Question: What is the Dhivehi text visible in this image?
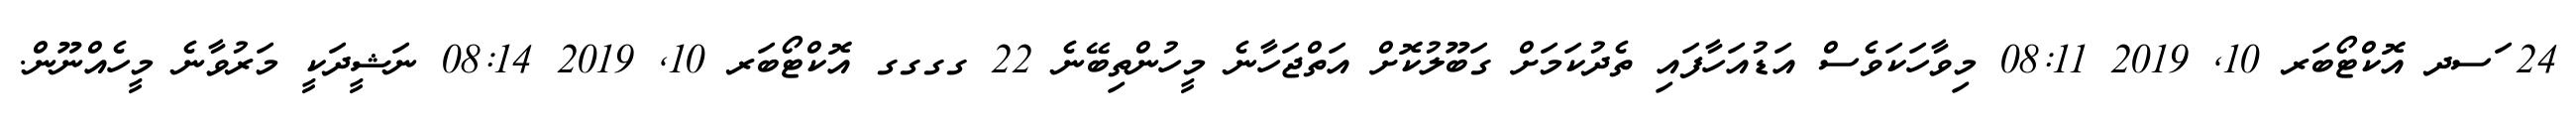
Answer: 24 ަސދ އޮކްޓޯބަރ 10, 2019 08:11 މިވާހަކަވެސް އަޑުއަހާފައި ތެދުކަމަށް ގަބޫލުކޮށް އަތްޖަހާނެ މީހުންތިބޭނެ 22 ގގގގ އޮކްޓޯބަރ 10, 2019 08:14 ނަޝީދަކީ މަރުވާނެ މީހެއްނޫން.